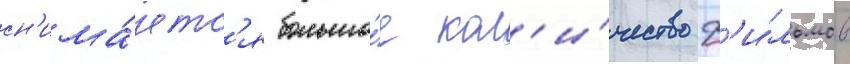
сн'има́етс'я большо́е кол'и́чество ф'и́льмов